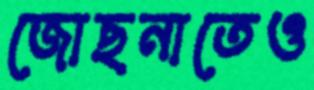
জোছনাতেও